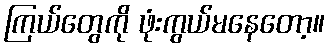
ကြယ်တွေကို ဖုံးကွယ်မနေတော့။